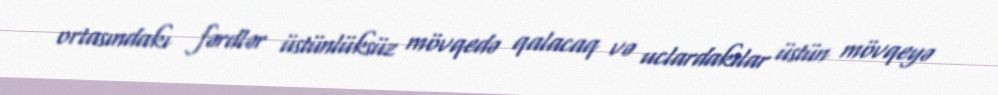
ortasındakı fərdlər üstünlüksüz mövqedə qalacaq və uclardakılar üstün mövqeyə